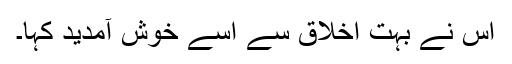
اس نے بہت اخلاق سے اسے خوش آمدید کہا۔